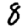
Digit: 8